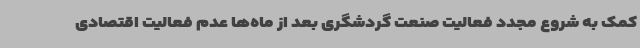
کمک به شروع مجدد فعالیت صنعت گردشگری بعد از ماه‌ها عدم فعالیت اقتصادی